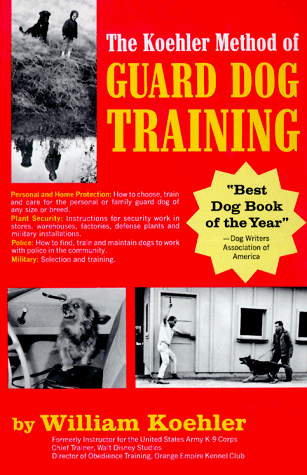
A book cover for The Koehler Method of Guard Dog Training; An Effective & Authoritative Guide for Selecting, Training & Maintaining Dogs in Home Protection, Plant Security, Police, & Military Work; William R. Koehler; Crafts, Hobbies & Home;